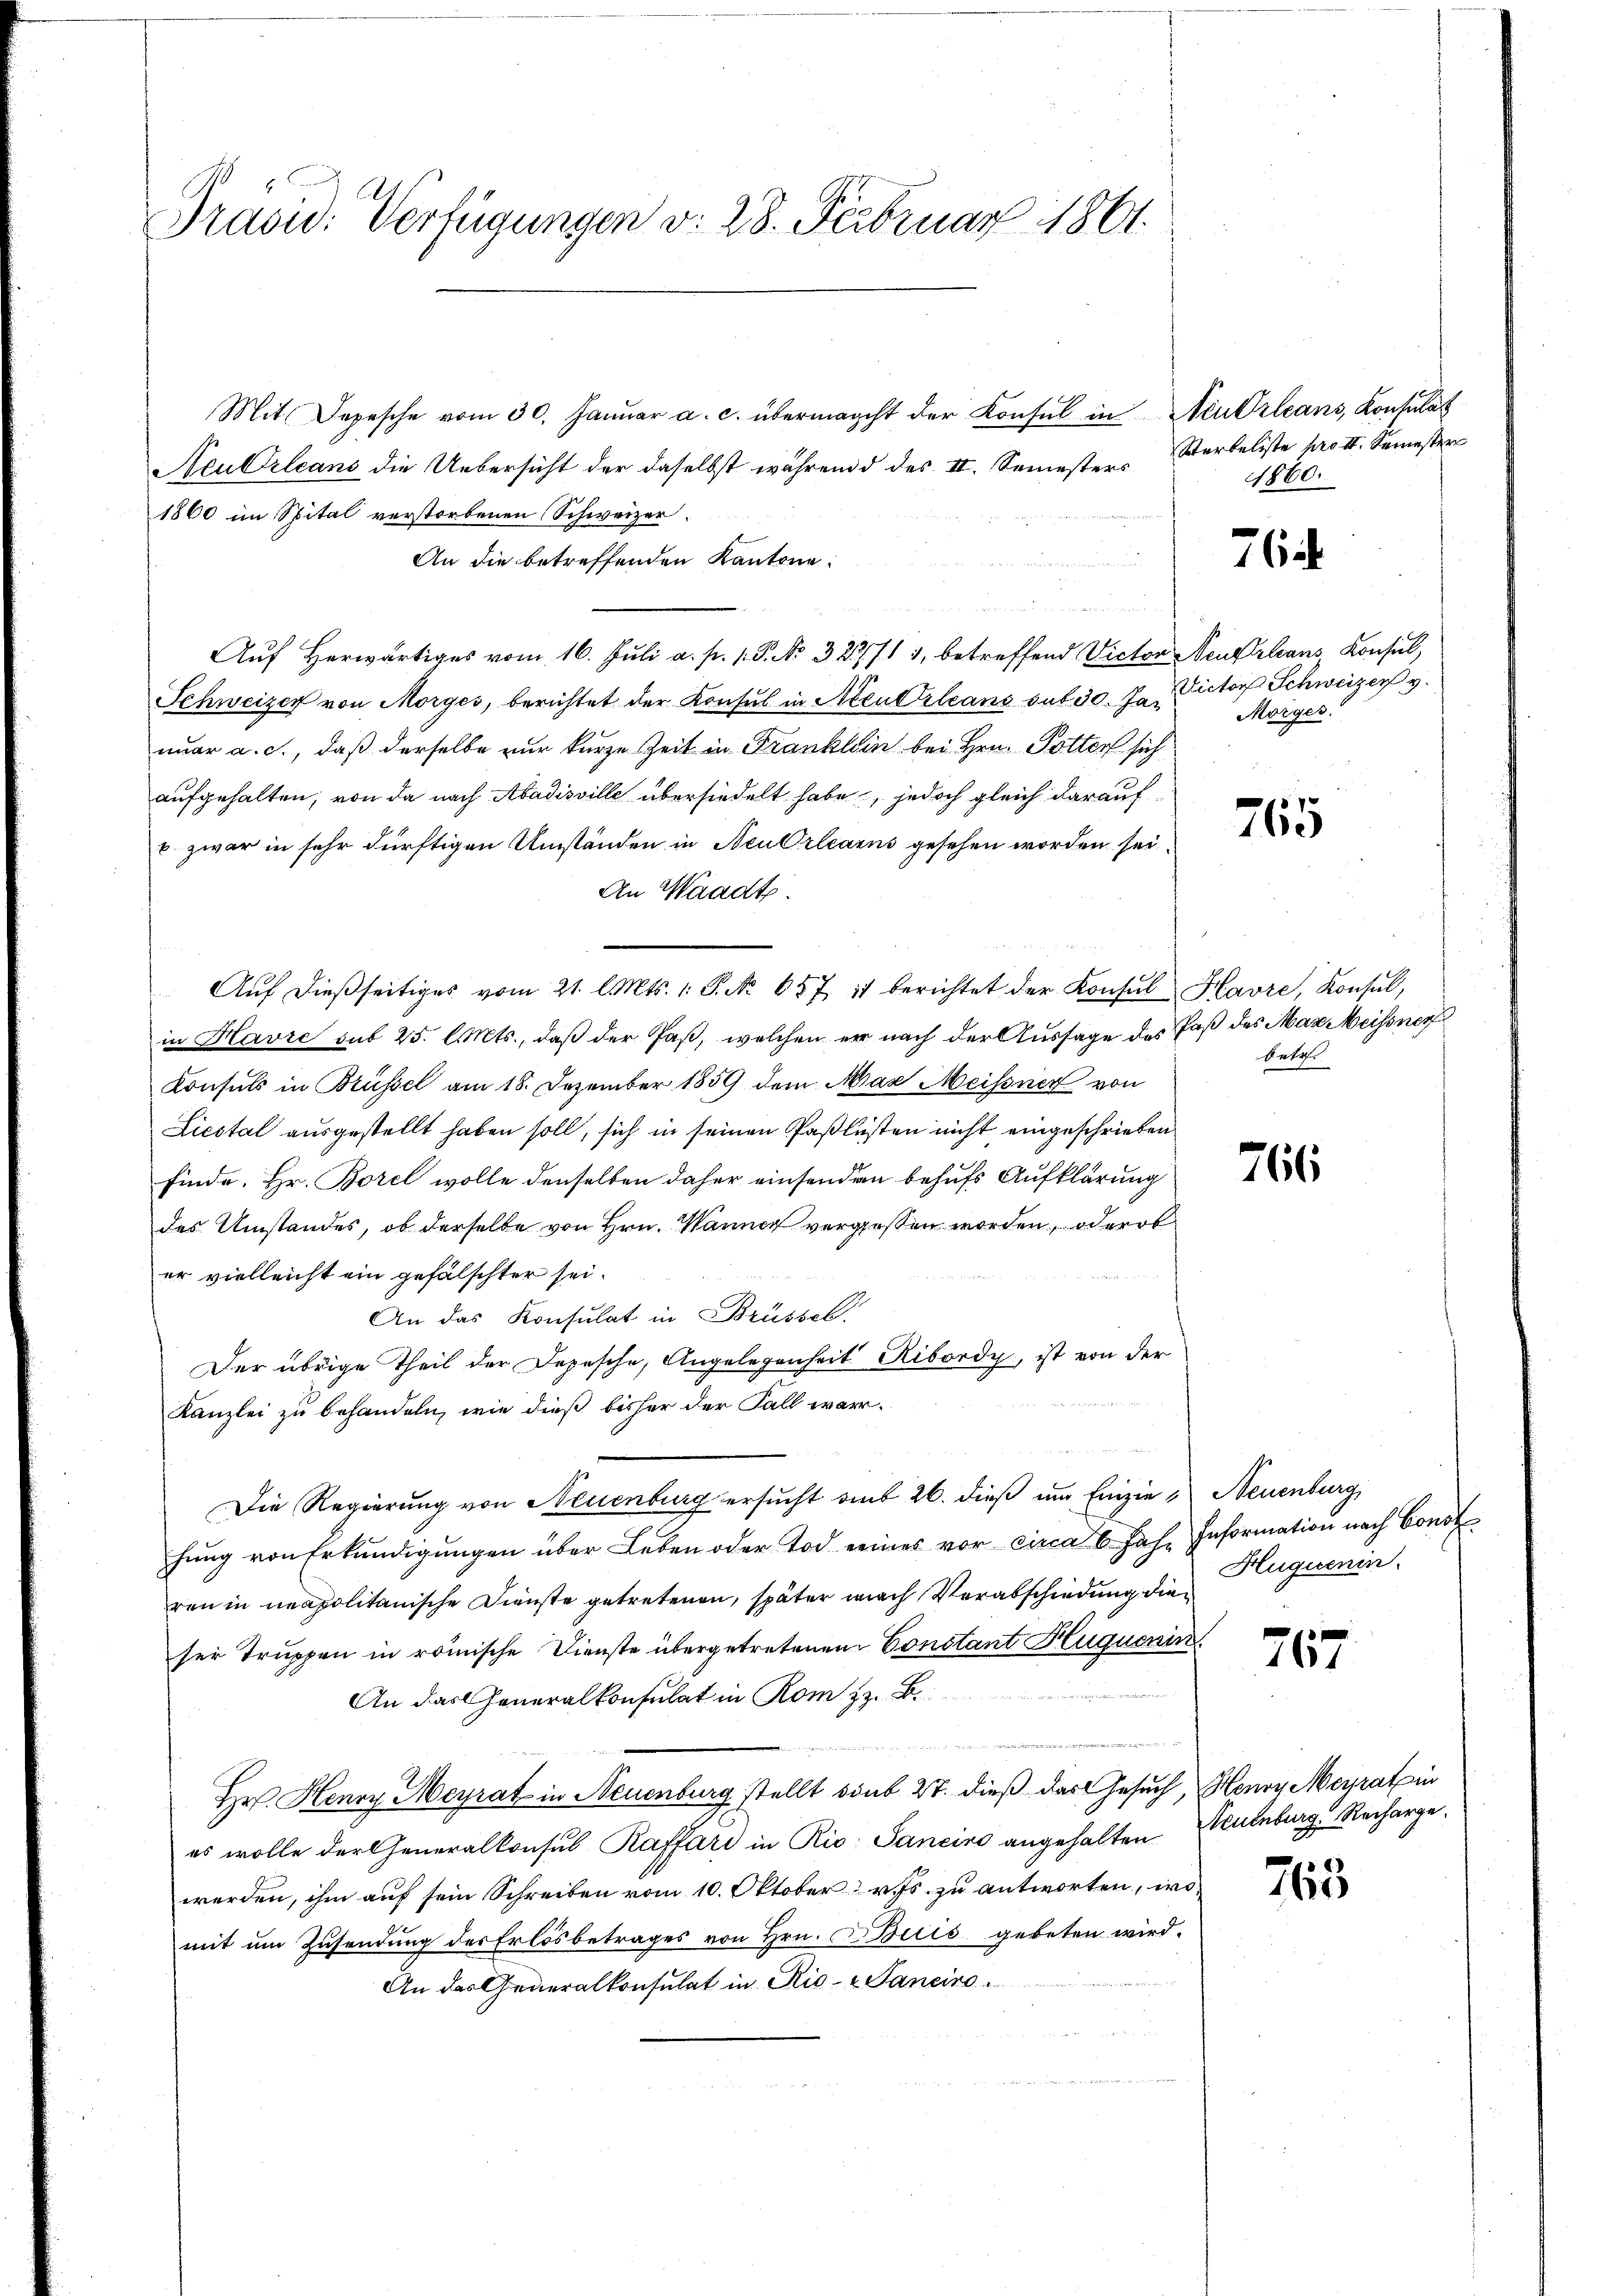
Präsid. Verfügungen d. 28. Februar 1861.

Mit Depesche vom 30. Janŭar a. c. übermacht der Konsul in Neu Orleans, Kontulat
Neubrleans die Uebersicht der daselbst während des II. Semesters
1860 im Spital verstorbenen Schweizer.
An die betreffenden Kantone:
d
Auf Herwärtiges vom 16. Juli a. p. 1. P. Nr. 327/1 1, betreffend Victor Neukrleans Konsul,
Schweizer von Morges, berichtet der Konsul in Neuerleans sat 30. Ja
nuar a. c., daß derselbe nur kurze Zeit in Franklein bei Hrn. Potter sich
aufgehalten, von da nach Abadisville übersiedelt habe, jedoch gleich darauf
b zwar in sehr dürftigen Umständen in Neu Orlearns gesehen worden sei.
An Waadt
Aŭf dießseitiges vom 21. l. Mts. 1. P. Nr. 657 it berichtet der Konsul Havre, Konsul,
in Havre sub 25. l. Mts., daß der Paß, welchen er nach der Aussage des Paß des Max Meissner
Consuls in Brüssel am 18. Dezember 1859 dem Mas Meissner von
Liestal ausgestellt haben soll, sich in seinen Paßlüsten nicht eingeschrieben
finde. Hr. Borel wolle denselben daher einsenden behufs Aufklärung
des Umstandes, ob derselbe von Hrn. Wanner vergessen worden, oder ob
er vielleicht ein gefälschter sei.
An das Konsulat in Brüssel.
Der übrige Theil der Depesche, Angelegenheit Ribordy, ist von der
Kanzlei zu behandeln, wie dieß bisher der Fall warr-
Die Regierung von Neuenburg ersŭcht aus 26. dieß um Einzie, Neuenburg
hung von Erkundigungen über Leben oder Tod eines vor circa 6 Jahr Information nach Const
ren in neapolitanische Dienste getretenen, später nach Verabschiedung die
ser Truppen in römische Dienste übergetretenen Constant Huquenin
An das Generalkonsulat in Rom z. B.
Hr. Henry Meyrat in Neuenburg stellt soub 27. dieß das Gesuch, Henry Meyratin
es wolle der Generalkonsul Raffari in Rio Sanciro angehalten Neuenburg, Rechargewerden, ihm auf sein Schreiben vom 10. Oktober v. Js. zu antworten, wo
mit um Zusendung der Erlös betrages von Hrn. F. Bicis gebeten wird.
An das Generalkonsulat in Rio-Janeiro

Sterbeliste pro II. Semester
1860.

762

Victor Schweizer v.
Morges.

765

betr.

766

Huguenin

767

763